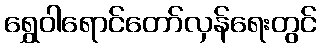
ရွှေဝါရောင်တော်လှန်ရေးတွင်